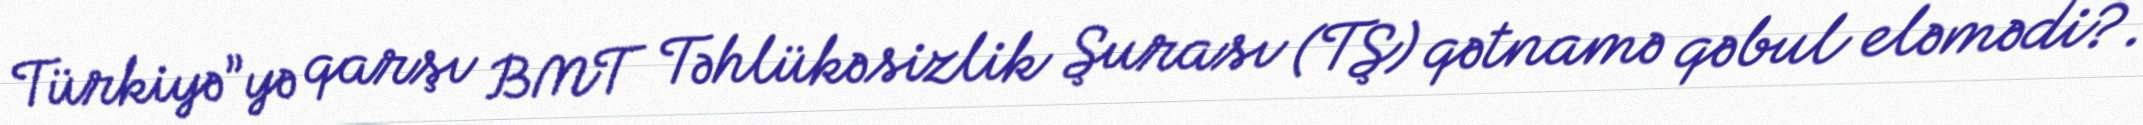
Türkiyə”yə qarşı BMT Təhlükəsizlik Şurası (TŞ) qətnamə qəbul eləmədi?.